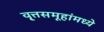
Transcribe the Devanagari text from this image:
वृ्त्तसमूहांमध्ये